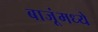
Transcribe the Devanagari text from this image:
बाजूंमध्ये